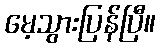
မေ့သွားပြန်ပြီ။